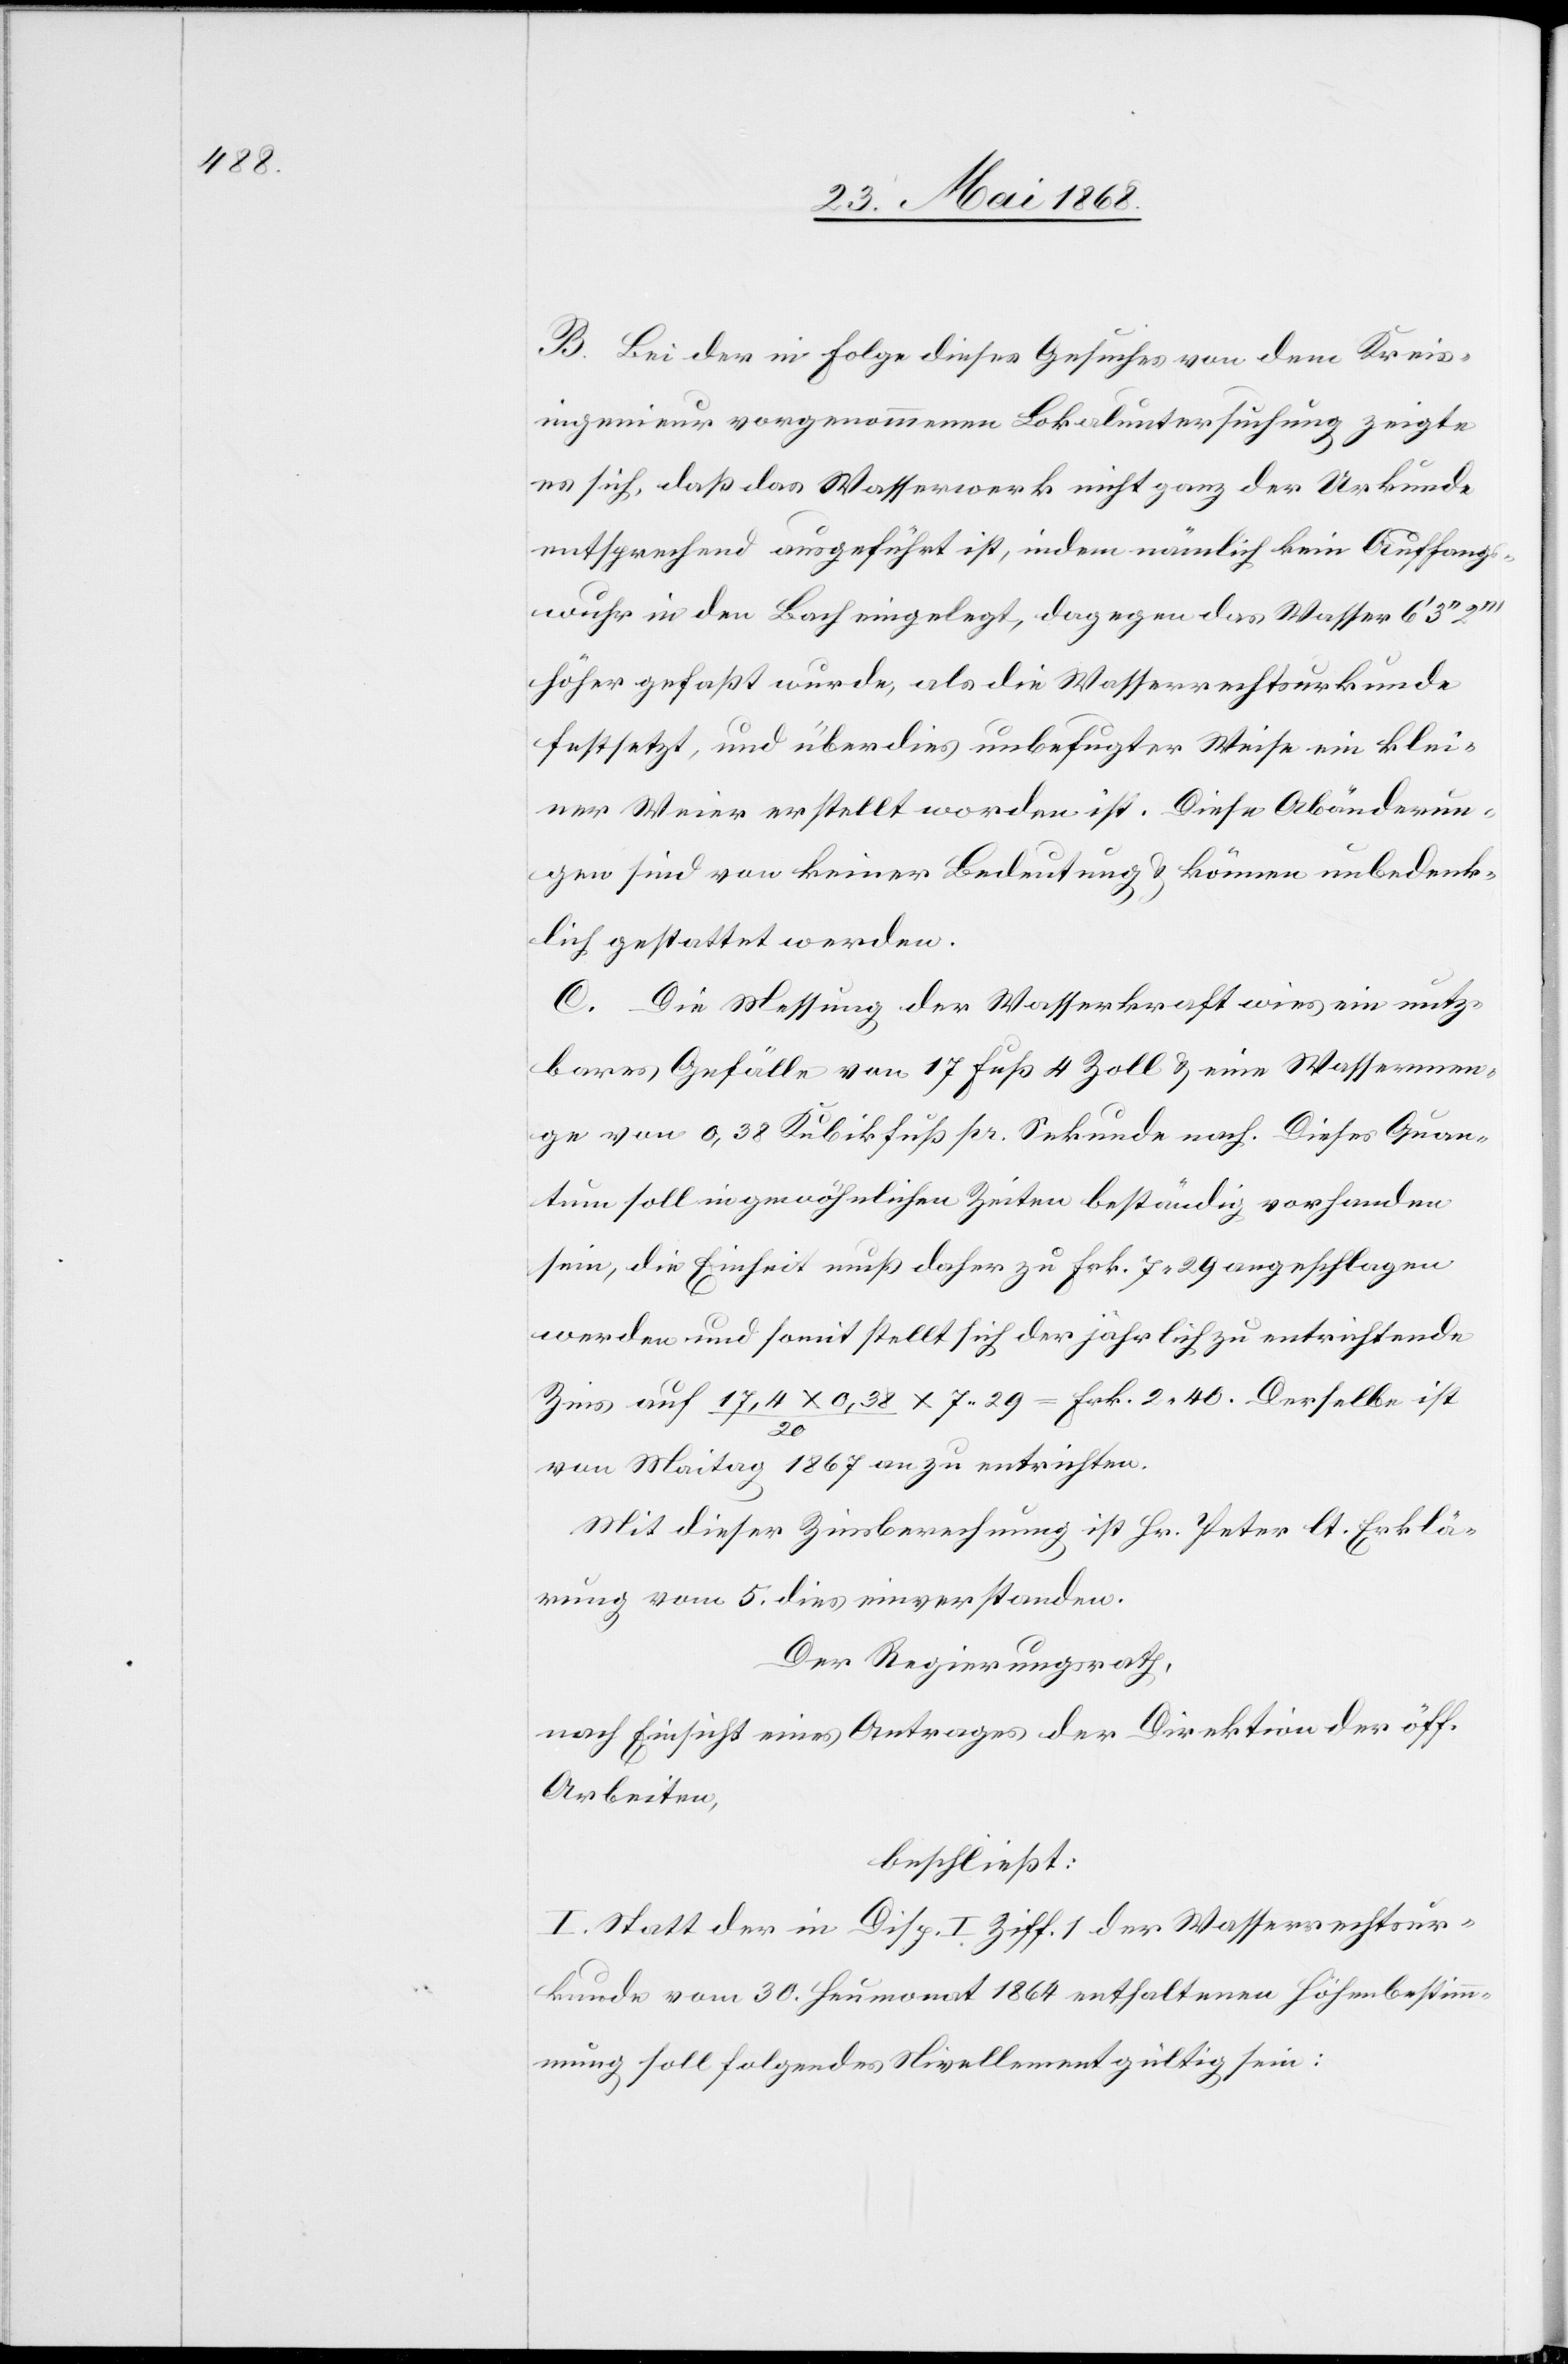
B. Bei der in Folge dieses Gesuches von dem Kreis¬
ingenieur vorgenommenen Lokaluntersuchung zeigte
es sich, daß das Wasserwerk nicht ganz der Urkunde
entsprechend ausgeführt ist, indem nämlich kein Auffangs¬
wuhr in den Bach eingelegt, dagegen das Wasser 6‘ 3‘‘
höher gefaßt wurde, als die Wasserrechtsurkunde
festsetzt, und überdies unbefugter Weise ein klei¬
ner Weier erstellt worden ist. Diese Abänderun¬
gen sind von keiner Bedeutung & können unbedenk¬
lich gestattet werden.
C. Die Messung der Wasserkraft wies ein nutz¬
bares Gefälle von 17 Fuß 4 Zoll & eine Wassermen¬
ge von 0,38 Kubikfuß pr. Sekunde nach. Dieses Quan¬
tum soll in gewöhnlichen Zeiten beständig vorhanden
sein, die Einheit muß daher zu Frk. 7. 29 angeschlagen
werden und somit stellt sich der jährlich zu entrichtende
Zins auf 17,4 x 0,38 / 20 x 7.29 = Frk. 2. 40. Derselbe ist
von Maitag 1867 an zu entrichten.
Mit dieser Zinsberechnung ist Hr. Peter lt. Erklä¬
rung vom 5. dies einverstanden.
Der Regierungsrath,
nach Einsicht eines Antrages der Direktion der öff.
Arbeiten,
beschließt:
I. Statt der in Disp. I Ziff. 1 der Wasserrechtsur¬
kunde vom 30. Heumonat 1864 enthaltenen Höhenbestim¬
mung soll folgendes Nivellement gültig sein: